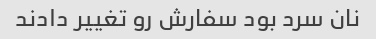
نان سرد بود سفارش رو تغییر دادند